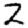
Digit: 2